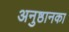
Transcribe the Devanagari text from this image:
अनुष्ठानका